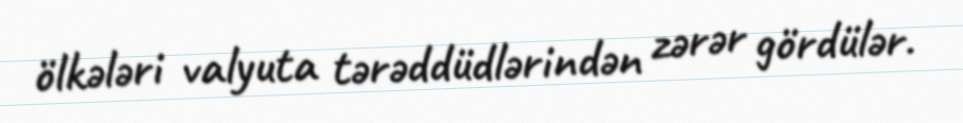
ölkələri valyuta tərəddüdlərindən zərər gördülər.